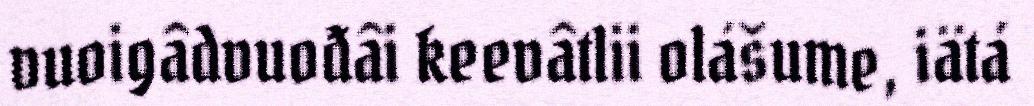
vuoigâdvuođâi keevâtlii olášume, iätá